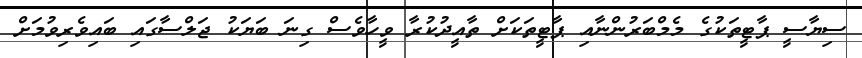
ސިޔާސީ ޕާޓީތަކުގެ މެމްބަރުންނާއި ޕާޓީތަކަށް ތާއީދުކުރާ ވީހާވެސް ގިނަ ބަޔަކު ޖަލްސާގައި ބައިވެރިވުމަށް